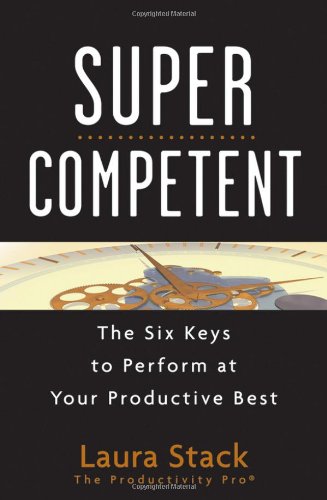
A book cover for SuperCompetent: The Six Keys to Perform at Your Productive Best; Laura Stack; Business & Money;